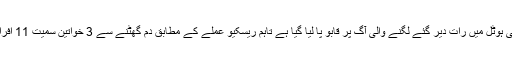
کراچی میں شارع فیصل پر واقع نجی ہوٹل میں رات دیر گئے لگنے والی آگ پر قابو پا لیا گیا ہے تاہم ریسکیو عملے کے مطابق دم گھٹنے سے 3 خواتین سمیت 11 افراد جاں بحق اور 70 زخمی ہو گئے۔